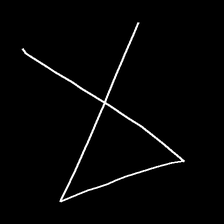
Glyph: collection